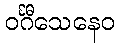
ဝင်္ဂီသေနေဝ